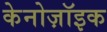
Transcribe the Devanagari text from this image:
केनोज़ॉइक